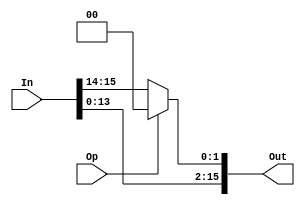
/*
    shift left/rotate left 2 bit
 */
module left_2 (In, Op, Out);
    parameter   N = 16;
    
    input [N-1:0]  In;
    input Op;
    output [N-1:0] Out;
    
    assign Out[1:0] = Op ? 2'b0 : In[15:14];
    assign Out[15:2] = In[13:0];
endmodule